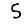
Digit: 5